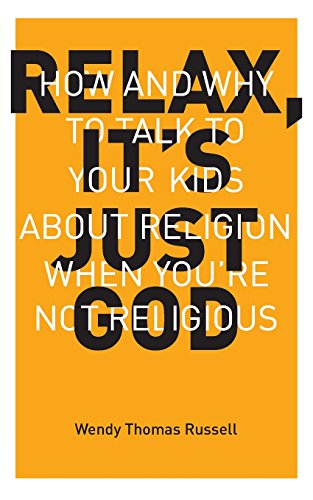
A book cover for Relax, It's Just God: How and Why to Talk to Your Kids About Religion When You're Not Religious; Wendy T Russell; Religion & Spirituality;